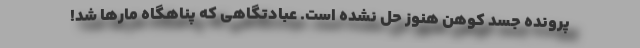
پرونده جسد کوهن هنوز حل نشده است. عبادتگاهی که پناهگاه مارها شد!